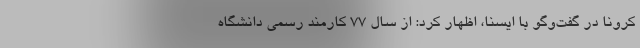
کرونا در گفت‌وگو با ایسنا، اظهار کرد: از سال ۷۷ کارمند رسمی دانشگاه